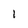
Character: 1